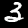
Label: 3